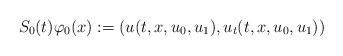
LaTeX: \begin{align*}S_0(t)\varphi_0(x):=(u(t,x,u_0,u_1),u_t(t,x,u_0,u_1))\end{align*}